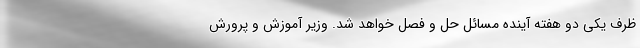
ظرف یکی دو هفته آینده مسائل حل و فصل خواهد شد. وزیر آموزش و پرورش